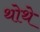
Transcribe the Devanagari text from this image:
थोथे